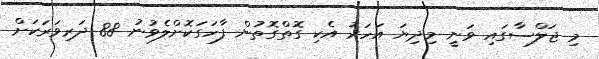
މި ޖަލްސާގައި ވަނީ މިދިޔަ އަހަރު އެކި ގޮތްގޮތުން ފާހަގަކޮށްލެވުނު 88 ދަރިވަރަކަށް